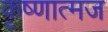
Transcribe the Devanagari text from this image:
कृष्णात्मज